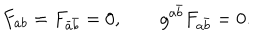
LaTeX: F _ { a b } = F _ { \bar { a } \bar { b } } = 0 , \qquad g ^ { a \bar { b } } F _ { a \bar { b } } = 0 .